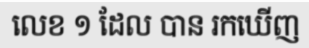
លេខ ១ ដែល បាន រកឃើញ